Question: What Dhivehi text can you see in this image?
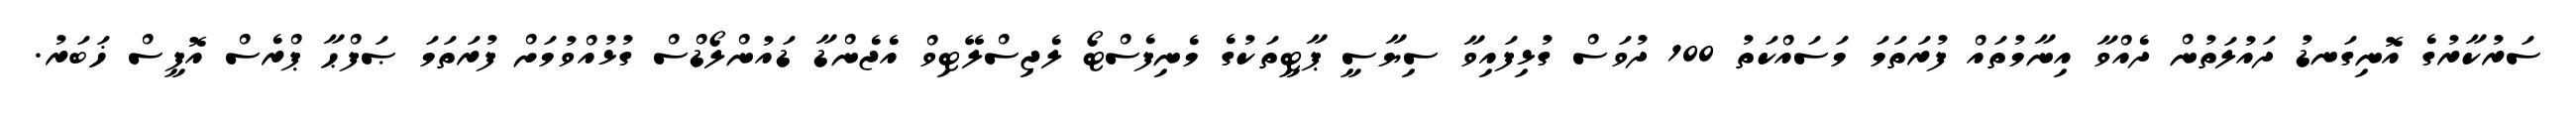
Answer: ސަރުކާރުގެ އޮނިގަނޑު ދައުލަތުން ދެއްވާ އިނާމުތައް ފުރަތަމަ މަސައްކަތު 100 ދުވަސް ގުޅިފައިވާ ސިޔާސީ ޕާޓީތަކުގެ މެނިފެސްޓޯ ލެޖިސްލޭޓިވް އެޖެންޑާ ޑައުންލޯޑްސް ގުޅުއްވުމަށް ފުރަތަމަ ޞަފްޙާ ޕްރެސް އޮފީސް ޚަބަރު.